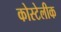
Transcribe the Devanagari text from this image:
कोस्टेलीक